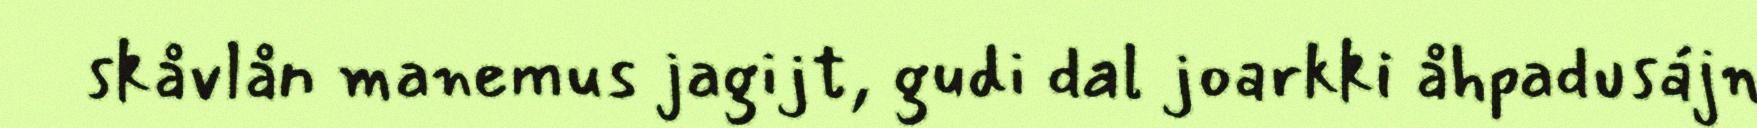
skåvlån manemus jagijt, gudi dal joarkki åhpadusájn